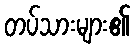
တပ်သားများ၏